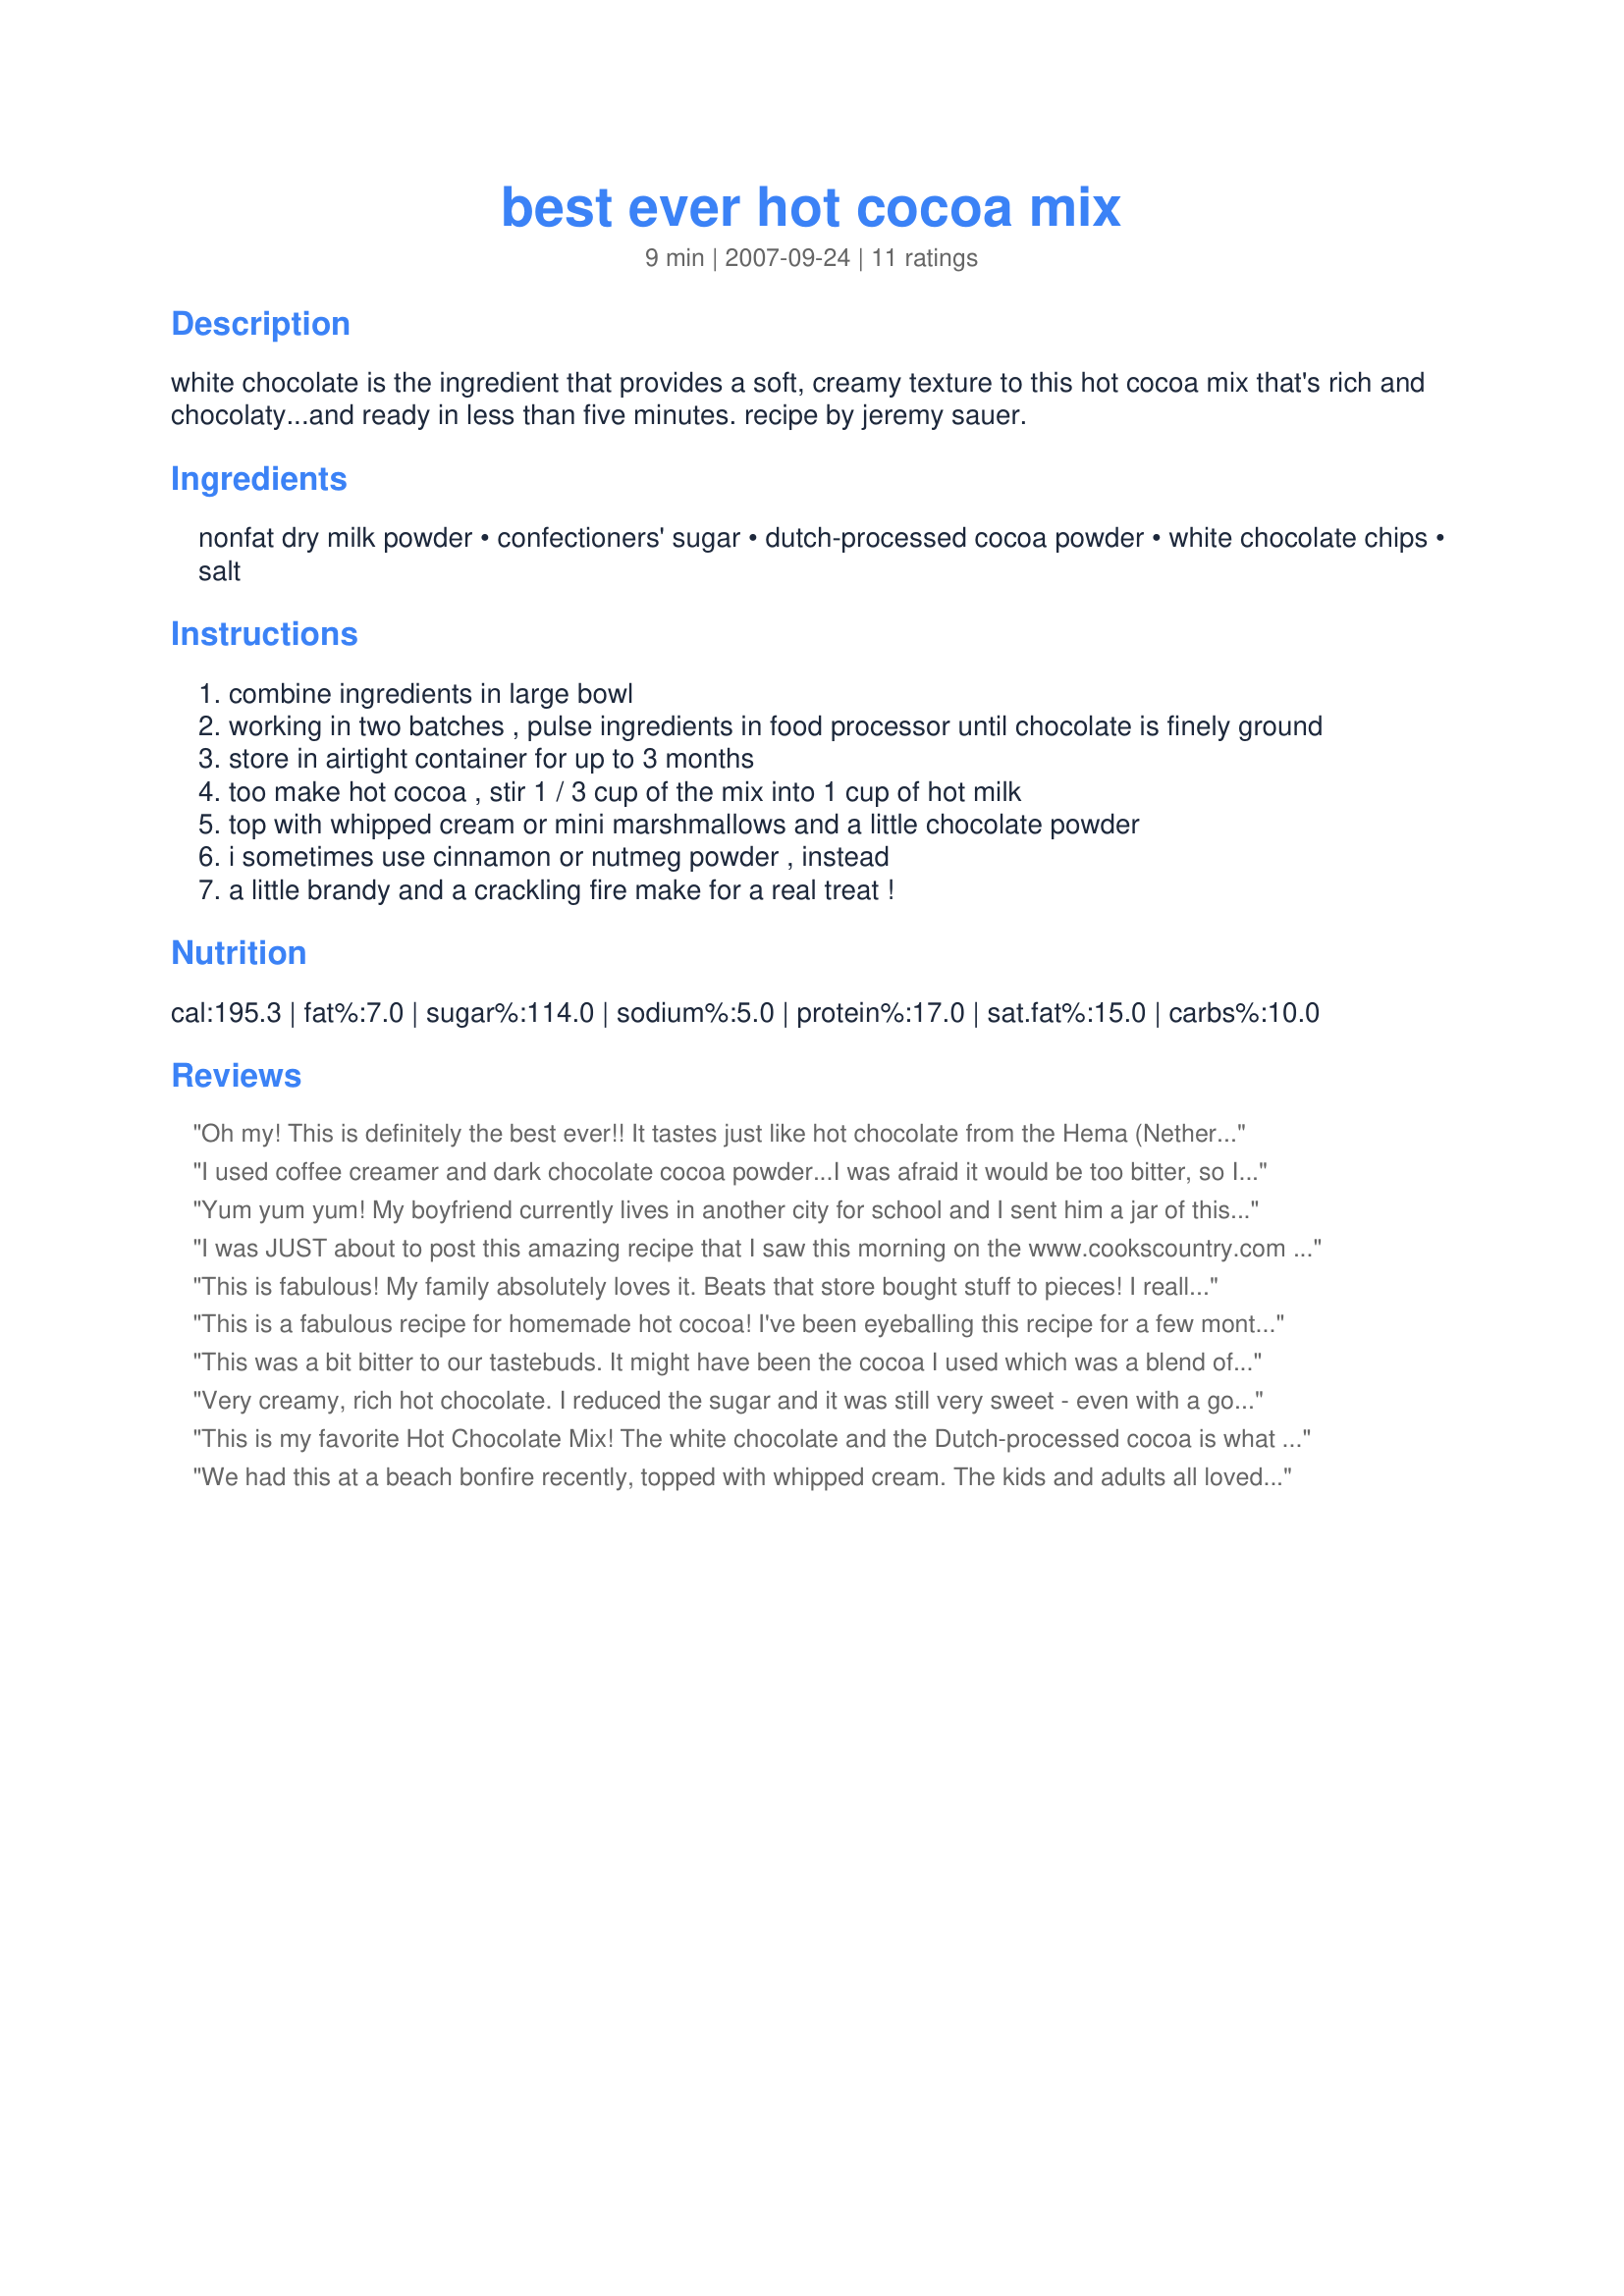
best ever hot cocoa mix
Preparation time: 9 minutes

white chocolate is the ingredient that provides a soft, creamy texture to this hot cocoa mix that's rich and chocolaty...and ready in less than five minutes. recipe by jeremy sauer.

Ingredients:
nonfat dry milk powder, confectioners' sugar, dutch-processed cocoa powder, white chocolate chips, salt

Steps:
combine ingredients in large bowl
working in two batches , pulse ingredients in food processor until chocolate is finely ground
store in airtight container for up to 3 months
too make hot cocoa , stir 1 / 3 cup of the mix into 1 cup of hot milk
top with whipped cream or mini marshmallows and a little chocolate powder
i sometimes use cinnamon or nutmeg powder , instead
a little brandy and a crackling fire make for a real treat !

Reviews:
Oh my! This is definitely the best ever!! It tastes just like hot chocolate from the Hema (Netherlands) which has the best Hot cocoa - or Warm Chocomel - that I've come acrossed. I lay in bed last night thinking - what can I give my pa-in-law for Christmas - it's only 2 days away, and I thought of Hot Cocoa mix - I'm so glad that I chose this recipe - it's awesome! THANK YOU! (i will delete all the other hot cocoa mixes b/c i've already found the best :))
I used coffee creamer and dark chocolate cocoa powder...I was afraid it would be too bitter, so I added a little extra sugar, which was not necessary. It was really sweet, which was totally fine with my 7 yr old. I made with water, because that's how he likes it. This is a keeper!
Yum yum yum! My boyfriend currently lives in another city for school and I sent him a jar of this mix seeing that finals were coming up and a cold snap was to be expected. He said he really enjoyed it, and even used hot water! I used almond milk&found the hot cocoa absolutely divine. I cheaped out&didn't want to spend the $8 on powdered milk so I used vanilla-caramel coffee creamer instead.
I was JUST about to post this amazing recipe that I saw this morning on the www.cookscountry.com website and VOILA! Here it is. Here's what is said on the website: "Best-Ever Hot Cocoa Mix - Forget about the watery hot cocoa with dehydrated marshmallows you sipped as a kid--our instant hot cocoa recipe is creamy, rich, and big on chocolate flavor. Test Kitchen Discoveries - Nonfat dry milk adds a sweet dairy flavor to the cocoa, especially if you reconstitute the mix with hot milk instead of hot water. Confectioners sugar works best in this recipe--it dissolves quickly and the cornstarch (an ingredient manufacturers add to the sugar to prevent clumping) helps thicken the cocoa. White chocolate provided our cocoa with a soft, creamy texture and pushes the chocolate flavor to new heights." Thanks for posting. :-)
This is fabulous! My family absolutely loves it. Beats that store bought stuff to pieces! I really love the addition of the white chocolate chips. A very rich, smooth and chocolatey hot chocolate. Thank you! &lt;br/&gt;&lt;br/&gt;Cathy
This is a fabulous recipe for homemade hot cocoa! I've been eyeballing this recipe for a few months, and had it saved to post from Cook's Illustrated. Then my friend Greg posted it. I've been making it up for holiday gift baskets, and it is DELISH! I went ahead and added the whole 12 oz. package of white chocolate chips, and I found some that were 20% cocoa butter, (The Ghirardelli's are not, much to my surprise.) 
I found that pulsing a few times, then processing this for a full minute made a very fine mix, you'll see it take on that texture, and there were no visible bits of white chocolate left.
I've filled my jars and now daughter says I must make up another batch so we have some at home. Be sure to mix this with hot milk, NOT water! Very nummy! Thanks Greg!
This was a bit bitter to our tastebuds. It might have been the cocoa I used which was a blend of alkaline (Dutch process) and "normal" cocoa. We found we needed 1 more Tablespoon powdered sugar per serving. It may have something to do with the fact my husband prefers his hot cocoa made with water, and I did omit the salt. I'll try it again with milk (but I've already added extra powdered sugar to the mix). I did like how easily this disolved in the liquid.
Very creamy, rich hot chocolate. I reduced the sugar and it was still very sweet - even with a good Dutch cocoa.
This is my favorite Hot Chocolate Mix! The white chocolate and the Dutch-processed cocoa is what sets it apart from the others. I made this last year for teacher gifts and kept a batch for ourselves. I orginally got it from Cook's Illstrated, but I am glad to see it posted, everyone should try it!
We had this at a beach bonfire recently, topped with whipped cream. The kids and adults all loved it!
Thank you for posting! I was looking for a delicious homemade hot cocoa mix and my search has stopped! Very rich, chocolately and creamy. I didn't have Dutch-process cocoa on hand so I just used Hershey's and it still tasted wonderful. I can't wait to try it with the Dutch-process... the teachers this year are going to love this.
